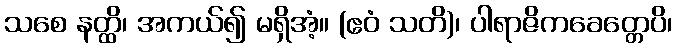
သစေ နတ္ထိ၊ အကယ်၍ မရှိအံ့။ (ဧဝံ သတိ)၊ ပါရာဇိကခေတ္တေပိ၊